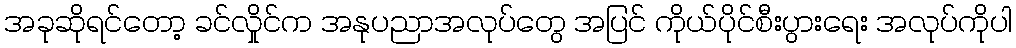
အခုဆိုရင်တော့ ခင်လှိုင်က အနုပညာအလုပ်တွေ အပြင် ကိုယ်ပိုင်စီးပွားရေး အလုပ်ကိုပါ